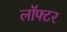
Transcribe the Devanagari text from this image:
लॉफ्टर